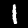
Label: 1